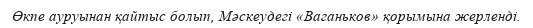
Өкпе ауруынан қайтыс болып, Мәскеудегі «Ваганьков» қорымына жерленді.